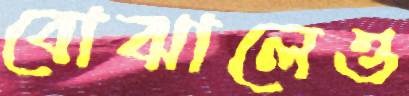
বোঝালেও